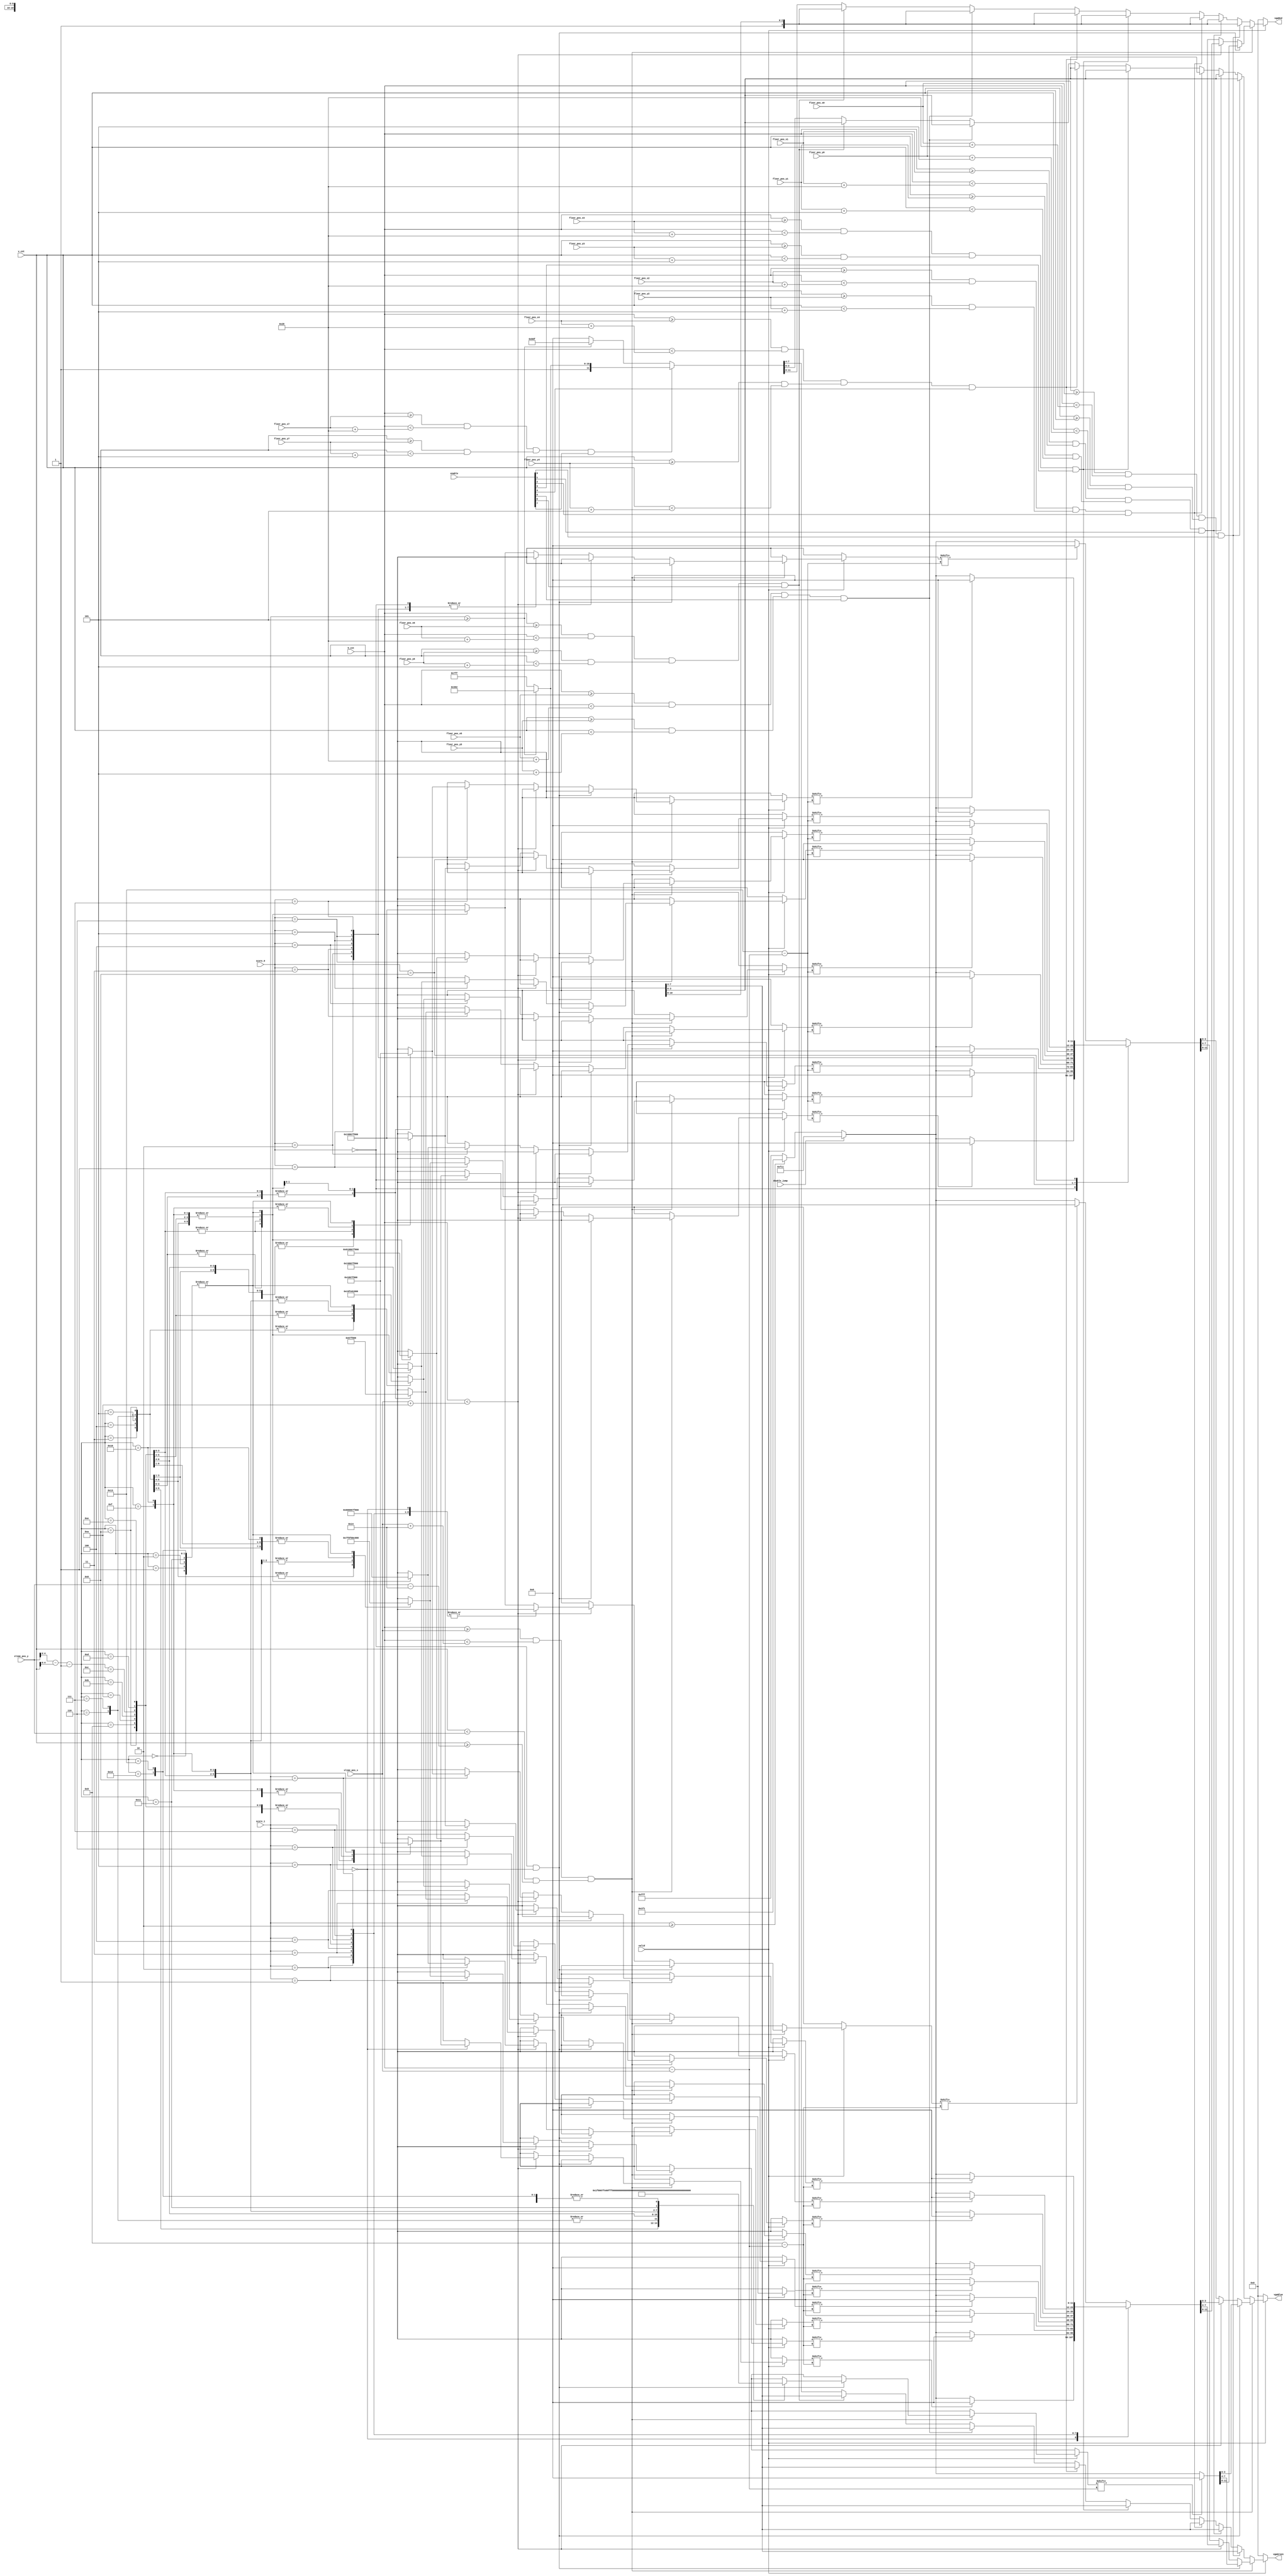
module pixel_gen(
     input [9:0] h_cnt,
     input [9:0] v_cnt,
     input valid,
     input [9:0] slime_pos_x,
     input [9:0] slime_pos_y,
     input [9:0] floor_pos_x0,
     input [9:0] floor_pos_y0,
     input [9:0] floor_pos_x1,
     input [9:0] floor_pos_y1,
     input [9:0] floor_pos_x2,
     input [9:0] floor_pos_y2,
     input [9:0] floor_pos_x3,
     input [9:0] floor_pos_y3,
     input [9:0] floor_pos_x4,
     input [9:0] floor_pos_y4,
     input [9:0] floor_pos_x5,
     input [9:0] floor_pos_y5,
     input [9:0] floor_pos_x6,
     input [9:0] floor_pos_y6,
     input [9:0] floor_pos_x7,
     input [9:0] floor_pos_y7,
     input [7:0] enable,
     input [3:0] score_0,
     input [3:0] score_1,
     output reg [3:0] vgaRed,
     output reg [3:0] vgaGreen,
     output reg [3:0] vgaBlue,
     input double_jump
     );

     wire [19:0] slime_face [19:0];
     wire [9:0] num_0 [19:0];
     wire [9:0] num_1 [19:0];
     wire [9:0] num_2 [19:0];
     wire [9:0] num_3 [19:0];
     wire [9:0] num_4 [19:0];
     wire [9:0] num_5 [19:0];
     wire [9:0] num_6 [19:0];
     wire [9:0] num_7 [19:0];
     wire [9:0] num_8 [19:0];
     wire [9:0] num_9 [19:0];

     assign slime_face[19] = 20'b00000000000000000000;
     assign slime_face[18] = 20'b00000000000000000000;
     assign slime_face[17] = 20'b00001100000000110000;
     assign slime_face[16] = 20'b00011110000001111000;
     assign slime_face[15] = 20'b00111111000011111100;
     assign slime_face[14] = 20'b00110011000011001100;
     assign slime_face[13] = 20'b00100001000010000100;
     assign slime_face[12] = 20'b00000000011000000000;
     assign slime_face[11] = 20'b00000000111100000000;
     assign slime_face[10] = 20'b00000001100110000000;
     assign slime_face[9] =  20'b00110001000010001100;
     assign slime_face[8] =  20'b00111100000000111100;
     assign slime_face[7] =  20'b00011111111111111000;
     assign slime_face[6] =  20'b00011111111111111000;
     assign slime_face[5] =  20'b00001111111111110000;
     assign slime_face[4] =  20'b00000111111111100000;
     assign slime_face[3] =  20'b00000001111110000000;
     assign slime_face[2] =  20'b00000000000000000000;
     assign slime_face[1] =  20'b00000000000000000000;
     assign slime_face[0] =  20'b00000000000000000000;

     assign num_0[19] = 10'b0000000000;
     assign num_0[18] = 10'b0000000000;
     assign num_0[17] = 10'b0000000000;
     assign num_0[16] = 10'b0111111110;
     assign num_0[15] = 10'b0111111110;
     assign num_0[14] = 10'b0110000110;
     assign num_0[13] = 10'b0110000110;
     assign num_0[12] = 10'b0110000110;
     assign num_0[11] = 10'b0110000110;
     assign num_0[10] = 10'b0110000110;
     assign num_0[9] =  10'b0110000110;
     assign num_0[8] =  10'b0110000110;
     assign num_0[7] =  10'b0110000110;
     assign num_0[6] =  10'b0110000110;
     assign num_0[5] =  10'b0110000110;
     assign num_0[4] =  10'b0111111110;
     assign num_0[3] =  10'b0111111110;
     assign num_0[2] =  10'b0000000000;
     assign num_0[1] =  10'b0000000000;
     assign num_0[0] =  10'b0000000000;

     assign num_1[19] = 10'b0000000000;
     assign num_1[18] = 10'b0000000000;
     assign num_1[17] = 10'b0000000000;
     assign num_1[16] = 10'b0000110000;
     assign num_1[15] = 10'b0011110000;
     assign num_1[14] = 10'b0011110000;
     assign num_1[13] = 10'b0000110000;
     assign num_1[12] = 10'b0000110000;
     assign num_1[11] = 10'b0000110000;
     assign num_1[10] = 10'b0000110000;
     assign num_1[9] =  10'b0000110000;
     assign num_1[8] =  10'b0000110000;
     assign num_1[7] =  10'b0000110000;
     assign num_1[6] =  10'b0000110000;
     assign num_1[5] =  10'b0000110000;
     assign num_1[4] =  10'b0111111110;
     assign num_1[3] =  10'b0111111110;
     assign num_1[2] =  10'b0000000000;
     assign num_1[1] =  10'b0000000000;
     assign num_1[0] =  10'b0000000000;

     assign num_2[19] = 10'b0000000000;
     assign num_2[18] = 10'b0000000000;
     assign num_2[17] = 10'b0000000000;
     assign num_2[16] = 10'b0111111110;
     assign num_2[15] = 10'b0111111110;
     assign num_2[14] = 10'b0000000110;
     assign num_2[13] = 10'b0000000110;
     assign num_2[12] = 10'b0000000110;
     assign num_2[11] = 10'b0000000110;
     assign num_2[10] = 10'b0111111110;
     assign num_2[9] =  10'b0111111110;
     assign num_2[8] =  10'b0110000000;
     assign num_2[7] =  10'b0110000000;
     assign num_2[6] =  10'b0110000000;
     assign num_2[5] =  10'b0110000000;
     assign num_2[4] =  10'b0111111110;
     assign num_2[3] =  10'b0111111110;
     assign num_2[2] =  10'b0000000000;
     assign num_2[1] =  10'b0000000000;
     assign num_2[0] =  10'b0000000000;

     assign num_3[19] = 10'b0000000000;
     assign num_3[18] = 10'b0000000000;
     assign num_3[17] = 10'b0000000000;
     assign num_3[16] = 10'b0111111110;
     assign num_3[15] = 10'b0111111110;
     assign num_3[14] = 10'b0000000110;
     assign num_3[13] = 10'b0000000110;
     assign num_3[12] = 10'b0000000110;
     assign num_3[11] = 10'b0000000110;
     assign num_3[10] = 10'b0111111110;
     assign num_3[9] =  10'b0111111110;
     assign num_3[8] =  10'b0000000110;
     assign num_3[7] =  10'b0000000110;
     assign num_3[6] =  10'b0000000110;
     assign num_3[5] =  10'b0000000110;
     assign num_3[4] =  10'b0111111110;
     assign num_3[3] =  10'b0111111110;
     assign num_3[2] =  10'b0000000000;
     assign num_3[1] =  10'b0000000000;
     assign num_3[0] =  10'b0000000000;

     assign num_4[19] = 10'b0000000000;
     assign num_4[18] = 10'b0000000000;
     assign num_4[17] = 10'b0000000000;
     assign num_4[16] = 10'b0110000110;
     assign num_4[15] = 10'b0110000110;
     assign num_4[14] = 10'b0110000110;
     assign num_4[13] = 10'b0110000110;
     assign num_4[12] = 10'b0110000110;
     assign num_4[11] = 10'b0110000110;
     assign num_4[10] = 10'b0111111110;
     assign num_4[9] =  10'b0111111110;
     assign num_4[8] =  10'b0000000110;
     assign num_4[7] =  10'b0000000110;
     assign num_4[6] =  10'b0000000110;
     assign num_4[5] =  10'b0000000110;
     assign num_4[4] =  10'b0000000110;
     assign num_4[3] =  10'b0000000110;
     assign num_4[2] =  10'b0000000000;
     assign num_4[1] =  10'b0000000000;
     assign num_4[0] =  10'b0000000000;

     assign num_5[19] = 10'b0000000000;
     assign num_5[18] = 10'b0000000000;
     assign num_5[17] = 10'b0000000000;
     assign num_5[16] = 10'b0111111110;
     assign num_5[15] = 10'b0111111110;
     assign num_5[14] = 10'b0110000000;
     assign num_5[13] = 10'b0110000000;
     assign num_5[12] = 10'b0110000000;
     assign num_5[11] = 10'b0110000000;
     assign num_5[10] = 10'b0111111110;
     assign num_5[9] =  10'b0111111110;
     assign num_5[8] =  10'b0000000110;
     assign num_5[7] =  10'b0000000110;
     assign num_5[6] =  10'b0000000110;
     assign num_5[5] =  10'b0000000110;
     assign num_5[4] =  10'b0111111110;
     assign num_5[3] =  10'b0111111110;
     assign num_5[2] =  10'b0000000000;
     assign num_5[1] =  10'b0000000000;
     assign num_5[0] =  10'b0000000000;

     assign num_6[19] = 10'b0000000000;
     assign num_6[18] = 10'b0000000000;
     assign num_6[17] = 10'b0000000000;
     assign num_6[16] = 10'b0111111110;
     assign num_6[15] = 10'b0111111110;
     assign num_6[14] = 10'b0110000000;
     assign num_6[13] = 10'b0110000000;
     assign num_6[12] = 10'b0110000000;
     assign num_6[11] = 10'b0110000000;
     assign num_6[10] = 10'b0111111110;
     assign num_6[9] =  10'b0111111110;
     assign num_6[8] =  10'b0110000110;
     assign num_6[7] =  10'b0110000110;
     assign num_6[6] =  10'b0110000110;
     assign num_6[5] =  10'b0110000110;
     assign num_6[4] =  10'b0111111110;
     assign num_6[3] =  10'b0111111110;
     assign num_6[2] =  10'b0000000000;
     assign num_6[1] =  10'b0000000000;
     assign num_6[0] =  10'b0000000000;

     assign num_7[19] = 10'b0000000000;
     assign num_7[18] = 10'b0000000000;
     assign num_7[17] = 10'b0000000000;
     assign num_7[16] = 10'b0111111110;
     assign num_7[15] = 10'b0111111110;
     assign num_7[14] = 10'b0110000110;
     assign num_7[13] = 10'b0110000110;
     assign num_7[12] = 10'b0110000110;
     assign num_7[11] = 10'b0110000110;
     assign num_7[10] = 10'b0000000110;
     assign num_7[9] =  10'b0000000110;
     assign num_7[8] =  10'b0000000110;
     assign num_7[7] =  10'b0000000110;
     assign num_7[6] =  10'b0000000110;
     assign num_7[5] =  10'b0000000110;
     assign num_7[4] =  10'b0000000110;
     assign num_7[3] =  10'b0000000110;
     assign num_7[2] =  10'b0000000000;
     assign num_7[1] =  10'b0000000000;
     assign num_7[0] =  10'b0000000000;

     assign num_8[19] = 10'b0000000000;
     assign num_8[18] = 10'b0000000000;
     assign num_8[17] = 10'b0000000000;
     assign num_8[16] = 10'b0111111110;
     assign num_8[15] = 10'b0111111110;
     assign num_8[14] = 10'b0110000110;
     assign num_8[13] = 10'b0110000110;
     assign num_8[12] = 10'b0110000110;
     assign num_8[11] = 10'b0110000110;
     assign num_8[10] = 10'b0111111110;
     assign num_8[9] =  10'b0111111110;
     assign num_8[8] =  10'b0110000110;
     assign num_8[7] =  10'b0110000110;
     assign num_8[6] =  10'b0110000110;
     assign num_8[5] =  10'b0110000110;
     assign num_8[4] =  10'b0111111110;
     assign num_8[3] =  10'b0111111110;
     assign num_8[2] =  10'b0000000000;
     assign num_8[1] =  10'b0000000000;
     assign num_8[0] =  10'b0000000000;

     assign num_9[19] = 10'b0000000000;
     assign num_9[18] = 10'b0000000000;
     assign num_9[17] = 10'b0000000000;
     assign num_9[16] = 10'b0111111110;
     assign num_9[15] = 10'b0111111110;
     assign num_9[14] = 10'b0110000110;
     assign num_9[13] = 10'b0110000110;
     assign num_9[12] = 10'b0110000110;
     assign num_9[11] = 10'b0110000110;
     assign num_9[10] = 10'b0111111110;
     assign num_9[9] =  10'b0111111110;
     assign num_9[8] =  10'b0000000110;
     assign num_9[7] =  10'b0000000110;
     assign num_9[6] =  10'b0000000110;
     assign num_9[5] =  10'b0000000110;
     assign num_9[4] =  10'b0111111110;
     assign num_9[3] =  10'b0111111110;
     assign num_9[2] =  10'b0000000000;
     assign num_9[1] =  10'b0000000000;
     assign num_9[0] =  10'b0000000000;

     wire [11:0] SLIME_COLOR, BLOCK_COLOR, BACKGROUND;

     assign SLIME_COLOR = (double_jump) ? 12'hf11 : ((score_1 >= 4'd2) ? 12'h1f1 : 12'hfff);
     assign BLOCK_COLOR = (score_1 >= 4'd5) ? 12'hb62 : 12'hfff;
     assign BACKGROUND = (score_1 >= 4'd5) ? 12'h8df : 12'h000;
     parameter BLACK = 12'h000;
   
     always @(*) begin
          if (!valid) {vgaRed, vgaGreen, vgaBlue} = 12'h000;
          else begin
               if ((h_cnt >= slime_pos_x && h_cnt < slime_pos_x + 10'd20) && (v_cnt < slime_pos_y && v_cnt >= slime_pos_y - 10'd20)) begin
                    if(score_0 == 4'd0 && score_1 == 4'd0) begin
                         if (slime_face[slime_pos_y - v_cnt - 10'd1][h_cnt - slime_pos_x]) {vgaRed, vgaGreen, vgaBlue} = 12'h000;
                         else {vgaRed, vgaGreen, vgaBlue} = SLIME_COLOR;
                    end
                    else begin
                         if(h_cnt < slime_pos_x + 10'd10)begin
                              case(score_1)
                                   4'd0:    {vgaRed, vgaGreen, vgaBlue} = (num_0[slime_pos_y - v_cnt - 10'd1][10'd9 - (h_cnt - slime_pos_x)]) ? BLACK : SLIME_COLOR;
                                   4'd1:    {vgaRed, vgaGreen, vgaBlue} = (num_1[slime_pos_y - v_cnt - 10'd1][10'd9 - (h_cnt - slime_pos_x)]) ? BLACK : SLIME_COLOR;
                                   4'd2:    {vgaRed, vgaGreen, vgaBlue} = (num_2[slime_pos_y - v_cnt - 10'd1][10'd9 - (h_cnt - slime_pos_x)]) ? BLACK : SLIME_COLOR;
                                   4'd3:    {vgaRed, vgaGreen, vgaBlue} = (num_3[slime_pos_y - v_cnt - 10'd1][10'd9 - (h_cnt - slime_pos_x)]) ? BLACK : SLIME_COLOR;
                                   4'd4:    {vgaRed, vgaGreen, vgaBlue} = (num_4[slime_pos_y - v_cnt - 10'd1][10'd9 - (h_cnt - slime_pos_x)]) ? BLACK : SLIME_COLOR;
                                   4'd5:    {vgaRed, vgaGreen, vgaBlue} = (num_5[slime_pos_y - v_cnt - 10'd1][10'd9 - (h_cnt - slime_pos_x)]) ? BLACK : SLIME_COLOR;
                                   4'd6:    {vgaRed, vgaGreen, vgaBlue} = (num_6[slime_pos_y - v_cnt - 10'd1][10'd9 - (h_cnt - slime_pos_x)]) ? BLACK : SLIME_COLOR;
                                   4'd7:    {vgaRed, vgaGreen, vgaBlue} = (num_7[slime_pos_y - v_cnt - 10'd1][10'd9 - (h_cnt - slime_pos_x)]) ? BLACK : SLIME_COLOR;
                                   4'd8:    {vgaRed, vgaGreen, vgaBlue} = (num_8[slime_pos_y - v_cnt - 10'd1][10'd9 - (h_cnt - slime_pos_x)]) ? BLACK : SLIME_COLOR;
                                   default: {vgaRed, vgaGreen, vgaBlue} = (num_9[slime_pos_y - v_cnt - 10'd1][10'd9 - (h_cnt - slime_pos_x)]) ? BLACK : SLIME_COLOR;
                              endcase
                         end
                         else begin
                              case(score_0)
                                   4'd0:    {vgaRed, vgaGreen, vgaBlue} = (num_0[slime_pos_y - v_cnt - 10'd1][10'd19 - (h_cnt - slime_pos_x)]) ? BLACK : SLIME_COLOR;
                                   4'd1:    {vgaRed, vgaGreen, vgaBlue} = (num_1[slime_pos_y - v_cnt - 10'd1][10'd19 - (h_cnt - slime_pos_x)]) ? BLACK : SLIME_COLOR;
                                   4'd2:    {vgaRed, vgaGreen, vgaBlue} = (num_2[slime_pos_y - v_cnt - 10'd1][10'd19 - (h_cnt - slime_pos_x)]) ? BLACK : SLIME_COLOR;
                                   4'd3:    {vgaRed, vgaGreen, vgaBlue} = (num_3[slime_pos_y - v_cnt - 10'd1][10'd19 - (h_cnt - slime_pos_x)]) ? BLACK : SLIME_COLOR;
                                   4'd4:    {vgaRed, vgaGreen, vgaBlue} = (num_4[slime_pos_y - v_cnt - 10'd1][10'd19 - (h_cnt - slime_pos_x)]) ? BLACK : SLIME_COLOR;
                                   4'd5:    {vgaRed, vgaGreen, vgaBlue} = (num_5[slime_pos_y - v_cnt - 10'd1][10'd19 - (h_cnt - slime_pos_x)]) ? BLACK : SLIME_COLOR;
                                   4'd6:    {vgaRed, vgaGreen, vgaBlue} = (num_6[slime_pos_y - v_cnt - 10'd1][10'd19 - (h_cnt - slime_pos_x)]) ? BLACK : SLIME_COLOR;
                                   4'd7:    {vgaRed, vgaGreen, vgaBlue} = (num_7[slime_pos_y - v_cnt - 10'd1][10'd19 - (h_cnt - slime_pos_x)]) ? BLACK : SLIME_COLOR;
                                   4'd8:    {vgaRed, vgaGreen, vgaBlue} = (num_8[slime_pos_y - v_cnt - 10'd1][10'd19 - (h_cnt - slime_pos_x)]) ? BLACK : SLIME_COLOR;
                                   default: {vgaRed, vgaGreen, vgaBlue} = (num_9[slime_pos_y - v_cnt - 10'd1][10'd19 - (h_cnt - slime_pos_x)]) ? BLACK : SLIME_COLOR;
                              endcase
                         end
                    end
               end
               else begin
                    if ((h_cnt >= floor_pos_x0 && h_cnt < floor_pos_x0 + 10'd40) && (v_cnt >= floor_pos_y0 && v_cnt < floor_pos_y0 + 10'd5) && enable[0])
                         {vgaRed, vgaGreen, vgaBlue} = BLOCK_COLOR;

                    else if ((h_cnt >= floor_pos_x1 && h_cnt < floor_pos_x1 + 10'd40) && (v_cnt >= floor_pos_y1 && v_cnt < floor_pos_y1 + 10'd5) && enable[1])
                         {vgaRed, vgaGreen, vgaBlue} = BLOCK_COLOR;

                    else if ((h_cnt >= floor_pos_x2 && h_cnt < floor_pos_x2 + 10'd40) && (v_cnt >= floor_pos_y2 && v_cnt < floor_pos_y2 + 10'd5) && enable[2])
                         {vgaRed, vgaGreen, vgaBlue} = BLOCK_COLOR;

                    else if ((h_cnt >= floor_pos_x3 && h_cnt < floor_pos_x3 + 10'd40) && (v_cnt >= floor_pos_y3 && v_cnt < floor_pos_y3 + 10'd5) && enable[3])
                         {vgaRed, vgaGreen, vgaBlue} = BLOCK_COLOR;

                    else if ((h_cnt >= floor_pos_x4 && h_cnt < floor_pos_x4 + 10'd40) && (v_cnt >= floor_pos_y4 && v_cnt < floor_pos_y4 + 10'd5) && enable[4])
                         {vgaRed, vgaGreen, vgaBlue} = BLOCK_COLOR;

                    else if ((h_cnt >= floor_pos_x5 && h_cnt < floor_pos_x5 + 10'd40) && (v_cnt >= floor_pos_y5 && v_cnt < floor_pos_y5 + 10'd5) && enable[5])
                         {vgaRed, vgaGreen, vgaBlue} = BLOCK_COLOR;

                    else if ((h_cnt >= floor_pos_x6 && h_cnt < floor_pos_x6 + 10'd40) && (v_cnt >= floor_pos_y6 && v_cnt < floor_pos_y6 + 10'd5) && enable[6])
                         {vgaRed, vgaGreen, vgaBlue} = BLOCK_COLOR;

                    else if ((h_cnt >= floor_pos_x7 && h_cnt < floor_pos_x7 + 10'd40) && (v_cnt >= floor_pos_y7 && v_cnt < floor_pos_y7 + 10'd5) && enable[7])
                         {vgaRed, vgaGreen, vgaBlue} = BLOCK_COLOR;

                    else {vgaRed, vgaGreen, vgaBlue} = BACKGROUND;
               end
          end
     end

endmodule